Annual returns of the Patna Lunatic Asylum at Bankipore in Bihar and Orissa - 1912-1924
Year: 1912
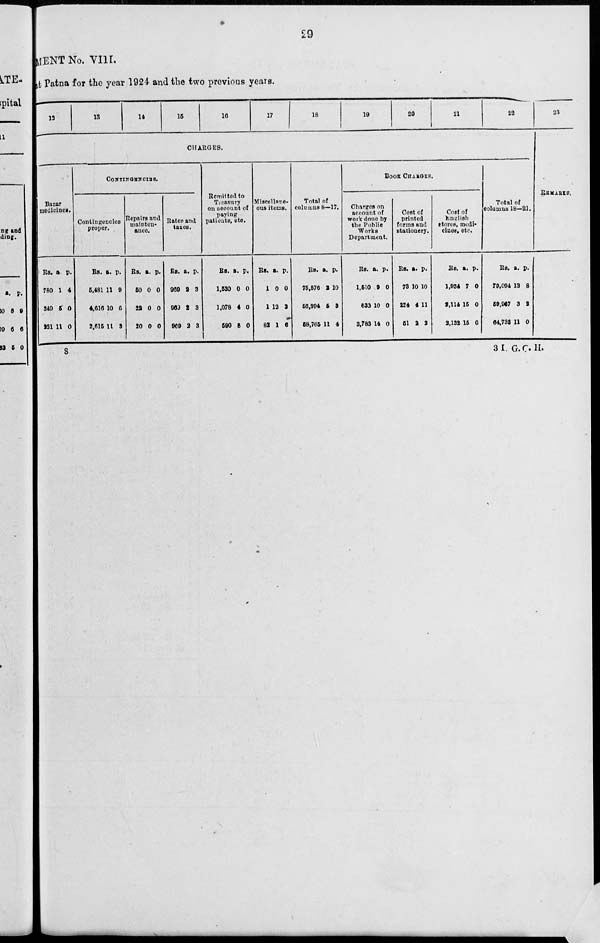
29
MENT No. VIII.
at Patna for the year 1924 and the two previous years.
12
13
14
15
16
17
18
19
20
21
22
CHARGES.
Bazar
medicines.
Rs.
780
349
221
a.
1
5
11
p.
4
0
0
CONTINGENCIES.
Contingencies
proper.
Rs.
5,481
4,616
2,615
a.
11
10
11
p.
9
6
3
Repairs and
mainten¬
ance.
Rs.
50
22
20
a.
0
0
0
p.
0
0
0
Rates and
taxes.
Rs.
969
969
969
a.
2
2
2
p.
3
3
3
Remitted to
Treasury
on account of
paying
patients, etc.
Rs.
1,530
1,078
590
a.
0
4
8
p.
0
0
0
Miscellane¬
ous items.
Rs.
1
1
82
a.
0
12
1
p.
0
3
6
Total of
columns 8—17.
Rs.
75,576
56,994
58,765
a.
2
5
11
p.
10
3
4
BOOK CHARGES.
Charges on
account of
work done by
the Public
Works
Department.
Rs.
1,510
633
3,783
a.
9
10
14
p.
0
0
0
Cost of
printed
forms and
stationery.
Rs.
73
224
51
a.
10
4
2
p.
10
11
2
Cost of
English
stores, medi¬
cines, etc.
Rs.
1,934
2,114
2,132
a.
7
15
15
p.
0
0
6
Total of
columns 18—21.
Rs.
79,094
59,967
64,733
a.
13
3
11
p.
8
2
0
23
REMARKS.
8
3 I. G.C.H.